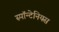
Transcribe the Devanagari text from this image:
स्पॉन्टेनियस